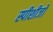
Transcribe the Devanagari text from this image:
स्पीशीजों